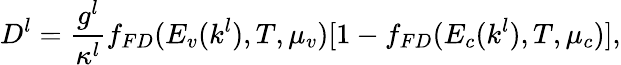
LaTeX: D_{}^{l}=\frac{g^{l}}{\kappa^{l}}f_{FD}(E_{v}(k^{l}),T,\mu_{v})[1-f_{FD}(E_{c}(k^{l}),T,\mu_{c})],